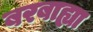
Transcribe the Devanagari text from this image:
बरबाह्या